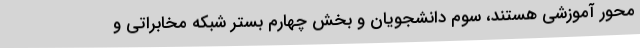
محور آموزشی هستند، سوم دانشجویان و بخش چهارم بستر شبکه مخابراتی و